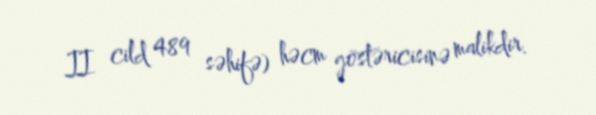
II cild 489 səhifə) həcm göstəricisinə malikdir.